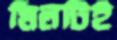
মিলটিই